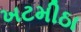
ખટમીઠા